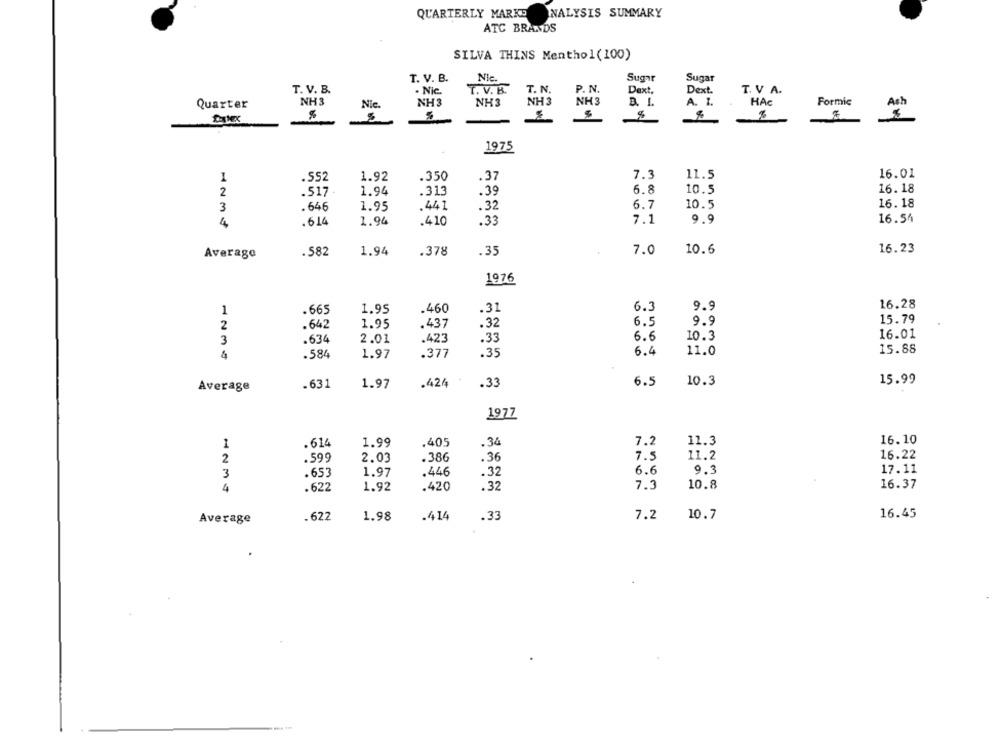
QUARTERLY MARKS NALYSIS SUMMARY
ATC BRANDS
SILVA THINS Menthol(100)
T. V. B.
Nie
Sugar
Sugar
T. V. B.
. Nic.
T. V. B.
T. N.
P. N.
Dext.
Dext.
T. V. A.
Quarter
NH3
Nic.
NH3
NH3
NH 3
NH3
D. I.
A. 1.
HAC
Datex
%
Formie
1975
1
.552
1.92
.350
.37
7.3
11.5
16.01
16.18
2
.517
1.94
.313
.39
6.8
10.5
16. 18
3
.646
1.95
.441
.32
6.7
10.5
4
.614
1.94
.410
.33
7.1
9.9
16.54
Average
.582
1.94
.378
.35
7.0
10.6
16.23
1976
6.3
9.9
16.28
1
.665
1.95
.460
.31
.32
6.
9.9
15.79
2
.642
1.95
.437
6.6
10.3
16.01
3
.634
2.01
.423
.33
.35
6.4
11.0
15.88
.584
1.97
.377
.33
6.5
10.3
15.99
Average
.631
1.97
.424
1977
.614
1.99
.405
.34
7.2
11.3
16.10
2
.599
2.03
.386
.36
7.5
11.2
16.22
3
.653
1.97
.446
.32
6.6
9.3
17.11
4
.622
1.92
.420
. 32
7.3
10.8
16.37
.622
1.98
.414
.33
7.2
10.7
16.45
Average